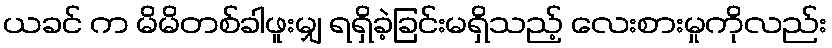
ယခင် က မိမိတစ်ခါဖူးမျှ ရရှိခဲ့ခြင်းမရှိသည့် လေးစားမှုကိုလည်း